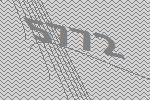
5772